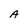
Character: A